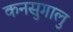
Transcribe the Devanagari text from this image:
कनसुगालु